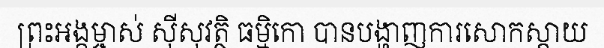
ព្រះអង្គម្ចាស់ ស៊ីសុវត្ថិ ធម្មិកោ បានបង្ហាញការសោកស្តាយ